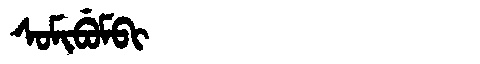
Manchu: ᠰᠣᠮᡳᠪᡠᠮᠪᡳ
Romanization: SOMIBUMBI